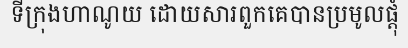
ទីក្រុងហាណូយ ដោយសារពួកគេបានប្រមូលផ្តុំ